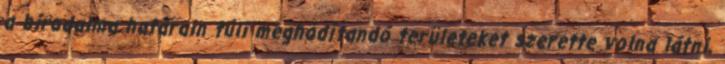
a birodalma határain túli meghódítandó területeket szerette volna látni,